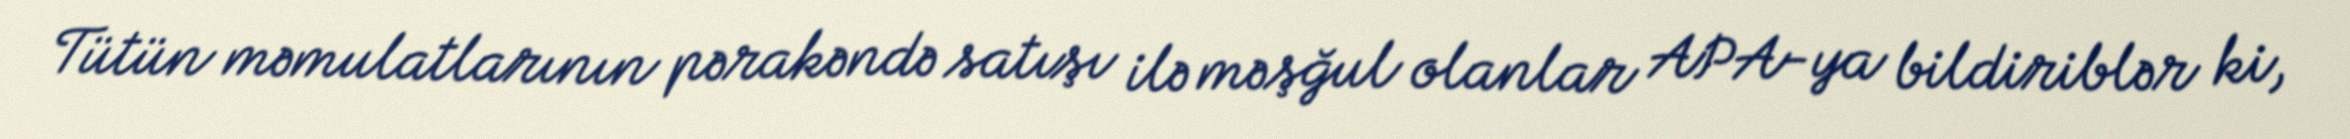
Tütün məmulatlarının pərakəndə satışı ilə məşğul olanlar APA-ya bildiriblər ki,